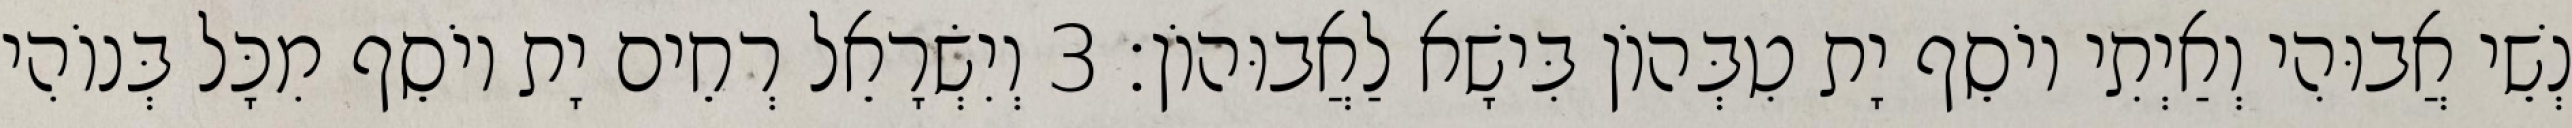
נְשֵׁי אֲבוּהִי וְאַיְתִי יוֹסֵף יָת טִבְּהוֹן בִּישָׁא לַאֲבוּהוֹן׃ 3 וְיִשְׂרָאֵל רְחֵים יָת יוֹסֵף מִכָּל בְּנוֹהִי